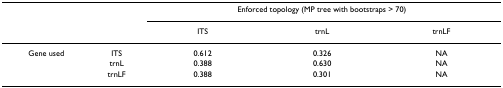
<table><thead><tr><td></td><td></td><td colspan="3"><b>Enforced topology (MP tree with bootstraps &gt; 70)</b></td></tr><tr><td></td><td></td><td><b>ITS</b></td><td><b>trnL</b></td><td><b>trnLF</b></td></tr></thead><tbody><tr><td>Gene used</td><td>ITS</td><td>0.612</td><td>0.326</td><td>NA</td></tr><tr><td></td><td>trnL</td><td>0.388</td><td>0.630</td><td>NA</td></tr><tr><td></td><td>trnLF</td><td>0.388</td><td>0.301</td><td>NA</td></tr></tbody></table>